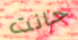
حانت